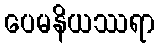
ပေမနိယဿရာ